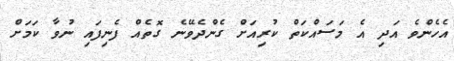
އެހެންވެ އަދި އެ މަސައްކަތް ކުރިއަށް ގެންދެވޭނެ ގޮތެއް ފެނިފައި ނުވާ ކަމަށް